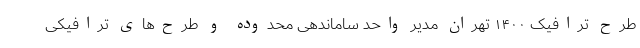
طرح ترافیک ۱۴۰۰ تهران مدیر واحد ساماندهی محدوده و طرح‌های ترافیکی